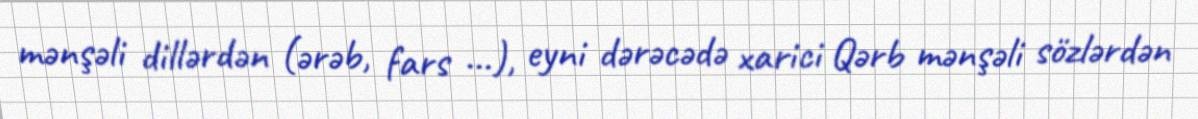
mənşəli dillərdən (ərəb, fars ...), eyni dərəcədə xarici Qərb mənşəli sözlərdən